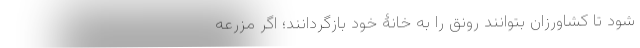
شود تا کشاورزان بتوانند رونق را به خانۀ خود بازگردانند؛ اگر مزرعه